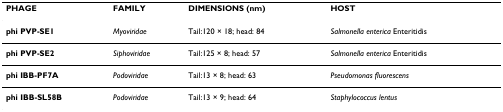
| PHAGE | FAMILY | DIMENSIONS (nm) | HOST |
 | --- | --- | --- | --- |
 | phi PVP-SE1 | Myoviridae | Tail:120 × 18; head: 84 | Salmonella enterica Enteritidis |
 | phi PVP-SE2 | Siphoviridae | Tail:125 × 8; head: 57 | Salmonella enterica Enteritidis |
 | phi IBB-PF7A | Podoviridae | Tail:13 × 8; head: 63 | Pseudomonas fluorescens |
 | phi IBB-SL58B | Podoviridae | Tail:13 × 9; head: 64 | Staphylococcus lentus |